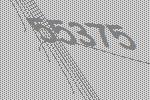
55375